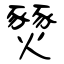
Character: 燹